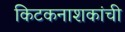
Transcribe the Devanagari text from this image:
किटकनाशकांची